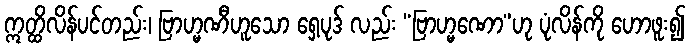
ဣတ္ထိလိန်ပင်တည်း၊ ဗြာဟ္မဏီဟူသော ရှေ့ပုဒ် လည်း “ဗြာဟ္မဏော”ဟု ပုံလိန်ကို ဟောဖူး၍